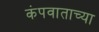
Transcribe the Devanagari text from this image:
कंपवाताच्या